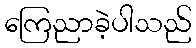
ကြေညာခဲ့ပါသည်